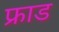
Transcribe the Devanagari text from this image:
फ्राड